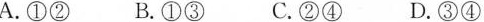
A. ①② B. ①③ C. ②④ D. ③④